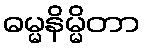
ဓမ္မနိမ္မိတာ